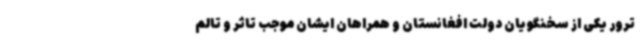
ترور یکی از سخنگویان دولت افغانستان و همراهان ایشان موجب تاثر و تالم